Account of plague administration in the Bombay Presidency from September 1896 till May 1897
Year: 1896
Disease focus: Plague
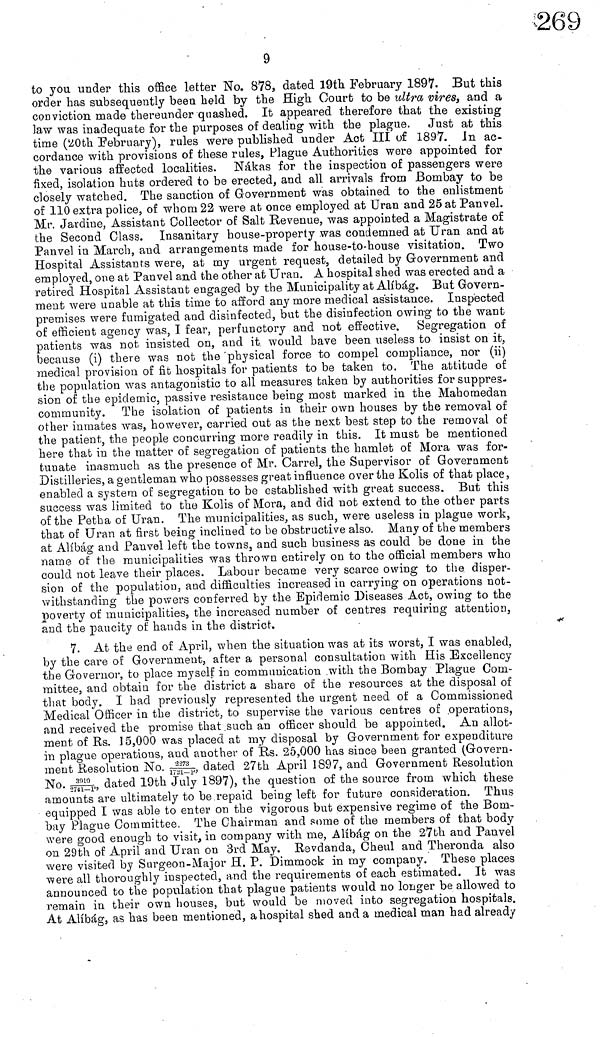
9
to you under this office letter No. 878, dated 19th February 1897. But this
order has subsequently been held by the High Court to be ultra vires, and a
conviction made thereunder quashed. It appeared therefore that the existing
law was inadequate for the purposes of dealing with the plague. Just at this
time (20th February), rules were published under Act III of 1897. In ac-
cordance with provisions of these rules, Plague Authorities were appointed for
the various affected localities. Nákas for the inspection of passengers were
fixed, isolation huts ordered to be erected, and all arrivals from Bombay to be
closely watched. The sanction of Government was obtained to the enlistment
of 110 extra police, of whom 22 were at once employed at Uran and 25 at Panvel.
Mr. Jardine, Assistant Collector of Salt Revenue, was appointed a Magistrate of
the Second Class. Insanitary house-property was condemned at Uran and at
Panvel in March, and arrangements made for house-to-house visitation. Two
Hospital Assistants were, at my urgent request, detailed by Government and
employed, one at Panvel and the other at Uran. A hospital shed was erected and a
retired Hospital Assistant engaged by the Municipality at Alíbág. But Govern-
ment were unable at this time to afford any more medical assistance. Inspected
premises were fumigated and disinfected, but the disinfection owing to the want
of efficient agency was, I fear, perfunctory and not effective. Segregation of
patients was not insisted on, and it would have been useless to insist on it,
because (i) there was not the physical force to compel compliance, nor (ii)
medical provision of fit hospitals for patients to be taken to. The attitude of
the population was antagonistic to all measures taken by authorities for suppres-
sion of the epidemic, passive resistance being most marked in the Mahomedan
community. The isolation of patients in their own houses by the removal of
other inmates was, however, carried out as the next best step to the removal of
the patient, the people concurring more readily in this. It must be mentioned
here that in the matter of segregation of patients the hamlet of Mora was for-
tunate inasmuch as the presence of Mr. Carrel, the Supervisor of Government
Distilleries, a gentleman who possesses great influence over the Kolis of that place,
enabled a system of segregation to be established with great success. But this
success was limited to the Kolis of Mora, and did not extend to the other parts
of the Petha of Uran. The municipalities, as such, were useless in plague work,
that of Uran at first being inclined to be obstructive also. Many of the members
at Alíbág and Panvel left the towns, and such business as could be done in the
name of the municipalities was thrown entirely on to the official members who
could not leave their places. Labour became very scarce owing to the. disper-
sion of the population, and difficulties increased in carrying on operations not-
withstanding the powers conferred by the Epidemic Diseases Act, owing to the
poverty of municipalities, the increased number of centres requiring attention,
and the paucity of hands in the district.
7. At the end of April, when the situation was at its worst, I was enabled,
by the care of Government, after a personal consultation with His Excellency
the Governor, to place myself in communication with the Bombay Plague Com-
mittee, and obtain for the district a share of the resources at the disposal of
that body. I had previously represented the urgent need of a Commissioned
Medical Officer in the district, to supervise the various centres of operations,
and received the promise that such an officer should be appointed. An allot-
ment of Rs. 15,000 was placed at my disposal by Government for expenditure
in plague operations, and another of Rs. 25,000 has since been granted (Govern-
ment Resolution No. 2273 dated 27th April 1897, and Government Resolution
No. 3910 dated 19th July 1897), the question of the source from which these
amounts are ultimately to be repaid being left for future consideration. Thus
equipped I was able to enter on the vigorous but expensive regime of the Bom-
bay Plague Committee. The Chairman and some of the members of that body
were good enough to visit, in company with me, Alíbág on the 27th and Panvel
on 29th of April and Uran on 3rd May. Revdanda, Cheul and Theronda also
were visited by Surgeon-Major H. P. Dimmock in my company. These places
were all thoroughly inspected, and the requirements of each estimated. It was
announced to the population that plague patients would no longer be allowed to
remain in their own houses, but would be moved into segregation hospitals.
At Alíbág, as has been mentioned, a hospital shed and a medical man had already